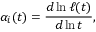
\alpha _ { i } ( t ) = \frac { d \ln \ell ( t ) } { d \ln t } ,